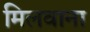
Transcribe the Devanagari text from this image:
मिलवाना